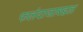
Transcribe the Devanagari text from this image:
फलंदाजाबद्दल